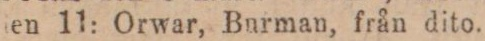
ten 11: Orwar, Burman, från dito.